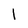
Character: l